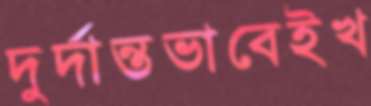
দুর্দান্তভাবেইখ